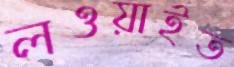
লওয়াইত